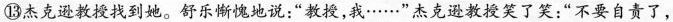
⑬杰克逊教授找到她。舒乐惭愧地说：“教授，我……”杰克逊教授笑了笑：“不要自责了，